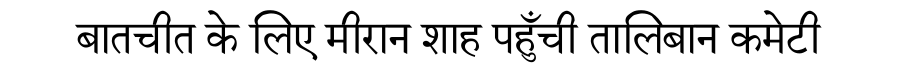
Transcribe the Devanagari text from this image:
बातचीत के लिए मीरान शाह पहुँची तालिबान कमेटी